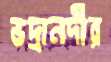
ভদ্রানদীর